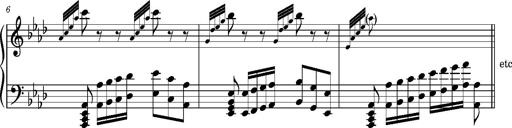
Title: Album-Leaf 'Ah, vous dirai-je, maman'
Composer: Franz Liszt
Key: A-flat major